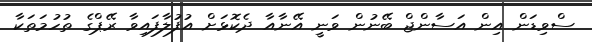
ސްވިޑަން އިން އަސާންޖް ބޭނުން ވަނީ އޭނާއާ ދެކޮޅަށް އުފުލާފައިވާ ރޭޕްގެ ތުހުމަތަކާ